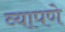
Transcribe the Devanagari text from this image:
व्यापणे